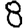
Digit: 8